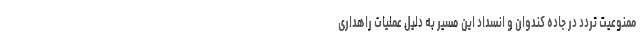
ممنوعیت تردد در جاده کندوان و انسداد این مسیر به دلیل عملیات راهداری